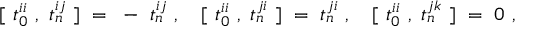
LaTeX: [ ~ t _ { 0 } ^ { i i } ~ , ~ t _ { n } ^ { i j } ~ ] ~ = ~ - ~ t _ { n } ^ { i j } ~ , ~ ~ ~ [ ~ t _ { 0 } ^ { i i } ~ , ~ t _ { n } ^ { j i } ~ ] ~ = ~ t _ { n } ^ { j i } ~ , ~ ~ ~ [ ~ t _ { 0 } ^ { i i } ~ , ~ t _ { n } ^ { j k } ~ ] ~ = ~ 0 ~ ,